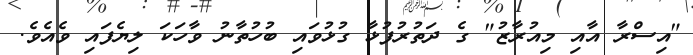
"އިސްރާ އާއި މިއުރާޒު" ގެ ދަތުރުފުޅާ ގުޅުވައި ބުހުތާނު ވާހަކަ ލިޔެފައި ވެއެވެ.